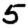
Digit: 5